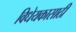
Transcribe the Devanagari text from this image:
विधेयकासाठी